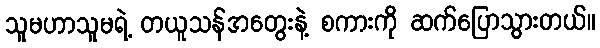
သူမဟာသူမရဲ့ တယူသန်အတွေးနဲ့ စကားကို ဆက်ပြောသွားတယ်။